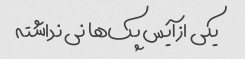
یکی از آیس پک‌ها نی نداشته